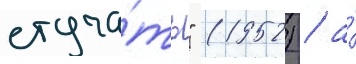
стуча́ть" (1952) / а́